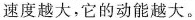
速度越大，它的动能越大。